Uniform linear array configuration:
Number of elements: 48
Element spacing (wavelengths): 0.25
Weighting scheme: uniform
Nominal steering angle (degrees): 15
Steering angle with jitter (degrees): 14.858
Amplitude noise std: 0.05
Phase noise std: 0.05

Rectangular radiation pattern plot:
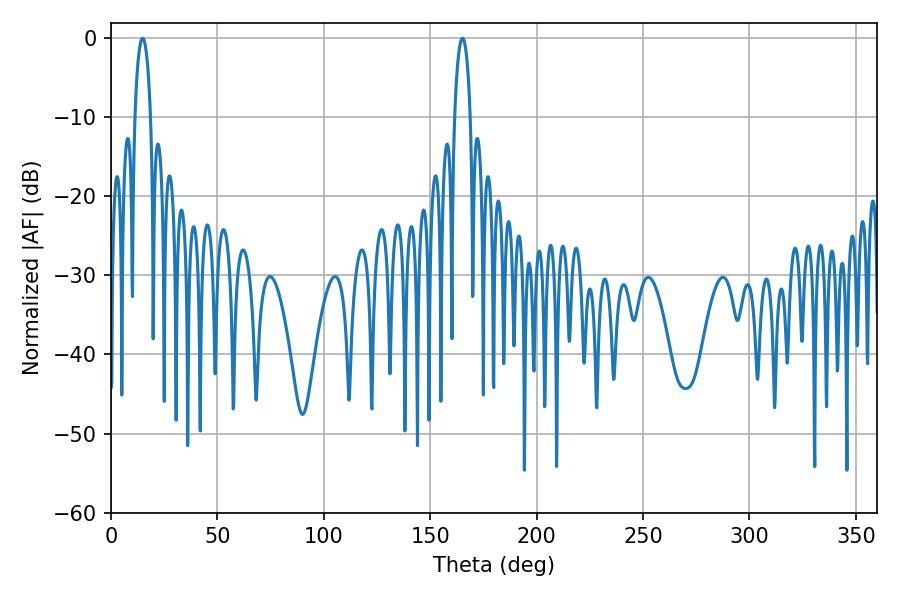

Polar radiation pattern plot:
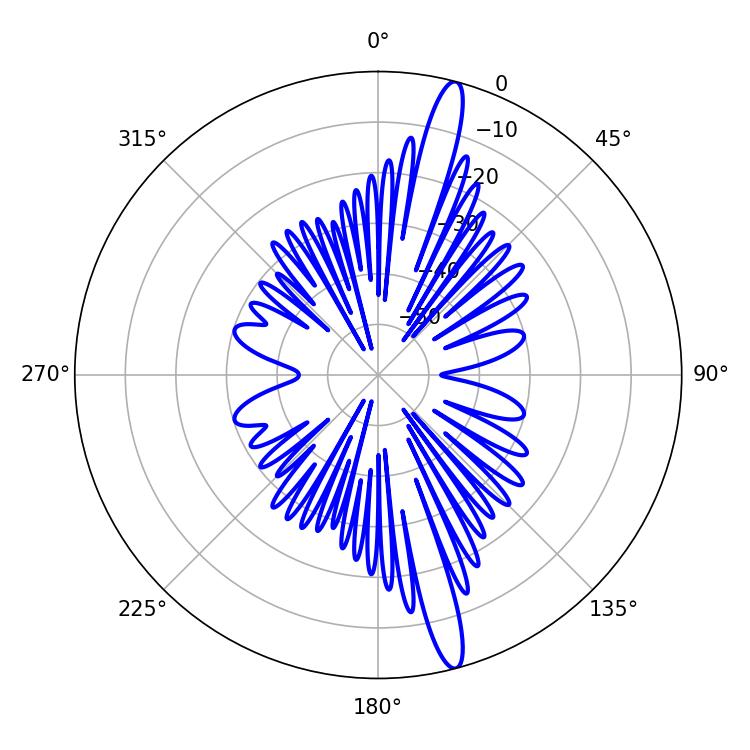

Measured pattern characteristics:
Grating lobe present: FALSE
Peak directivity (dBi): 16.596
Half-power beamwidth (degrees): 4.14
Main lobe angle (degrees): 165.06